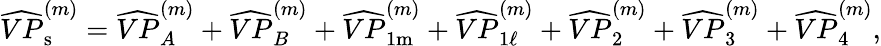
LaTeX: \widehat{VP}_{\mathrm{s}}^{(m)}=\widehat{VP}_{A}^{(m)}+\widehat{VP}_{B}^{(m)}+\widehat{VP}_{1\mathrm{m}}^{(m)}+\widehat{VP}_{1\ell}^{(m)}+\widehat{VP}_{2}^{(m)}+\widehat{VP}_{3}^{(m)}+\widehat{VP}_{4}^{(m)},